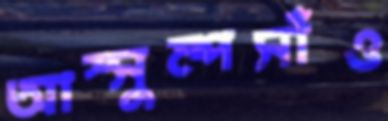
আস্সুম্পসাঁও